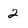
Character: 2